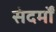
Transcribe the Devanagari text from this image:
संदर्मों